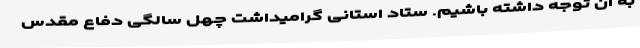
به آن توجه داشته باشیم. ستاد استانی گرامیداشت چهل سالگی دفاع مقدس